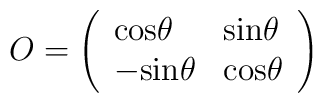
O=\left (\begin{array}{ll}{\rm cos}\theta & {\rm sin }\theta\\-{\rm sin}\theta & {\rm cos }\theta\end{array} \right)